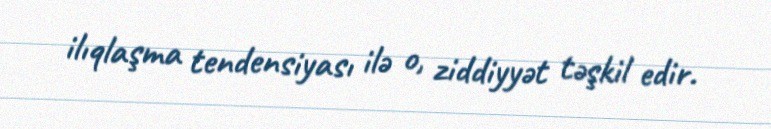
ilıqlaşma tendensiyası ilə o, ziddiyyət təşkil edir.